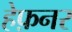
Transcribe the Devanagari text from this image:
हेफ़नर